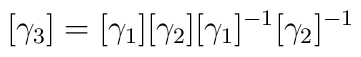
[\gamma _3]=[\gamma_1][\gamma _2][\gamma_1]^{-1}[\gamma _2]^{-1}